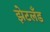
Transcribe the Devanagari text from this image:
झेटलँड